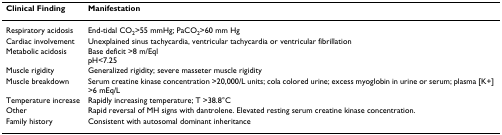
<table><thead><tr><td><b>Clinical Finding</b></td><td><b>Manifestation</b></td></tr></thead><tbody><tr><td>Respiratory acidosis</td><td>End-tidal CO<sub>2</sub>&gt;55 mmHg; PaCO<sub>2</sub>&gt;60 mm Hg</td></tr><tr><td>Cardiac involvement</td><td>Unexplained sinus tachycardia, ventricular tachycardia or ventricular fibrillation</td></tr><tr><td>Metabolic acidosis</td><td>Base deficit &gt;8 m/EqlpH&lt;7.25</td></tr><tr><td>Muscle rigidity</td><td>Generalized rigidity; severe masseter muscle rigidity</td></tr><tr><td>Muscle breakdown</td><td>Serum creatine kinase concentration &gt;20,000/L units; cola colored urine; excess myoglobin in urine or serum; plasma [K+] &gt;6 mEq/L</td></tr><tr><td>Temperature increase</td><td>Rapidly increasing temperature; T &gt;38.8°C</td></tr><tr><td>Other</td><td>Rapid reversal of MH signs with dantrolene. Elevated resting serum creatine kinase concentration.</td></tr><tr><td>Family history</td><td>Consistent with autosomal dominant inheritance</td></tr></tbody></table>